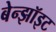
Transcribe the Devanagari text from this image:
बेन्झॉइट